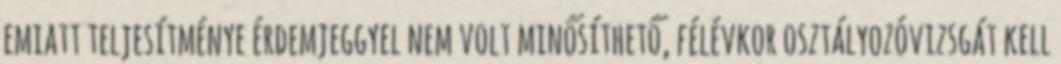
emiatt teljesítménye érdemjeggyel nem volt minősíthető, félévkor osztályozóvizsgát kell